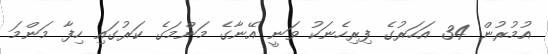
އުމުރުން 34 އަހަރުގެ ފިރިހެނަކު ވަނީ އޭނާގެ މަންމަގެ ކަރުގައި ހިފާ މަންމަ